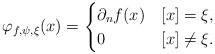
LaTeX: \begin{gather*} \varphi_{f,\psi,\xi}(x) = \begin{cases} \partial_n f(x) & [x] = \xi, \\ 0 & [x] \neq \xi. \end{cases} \end{gather*}